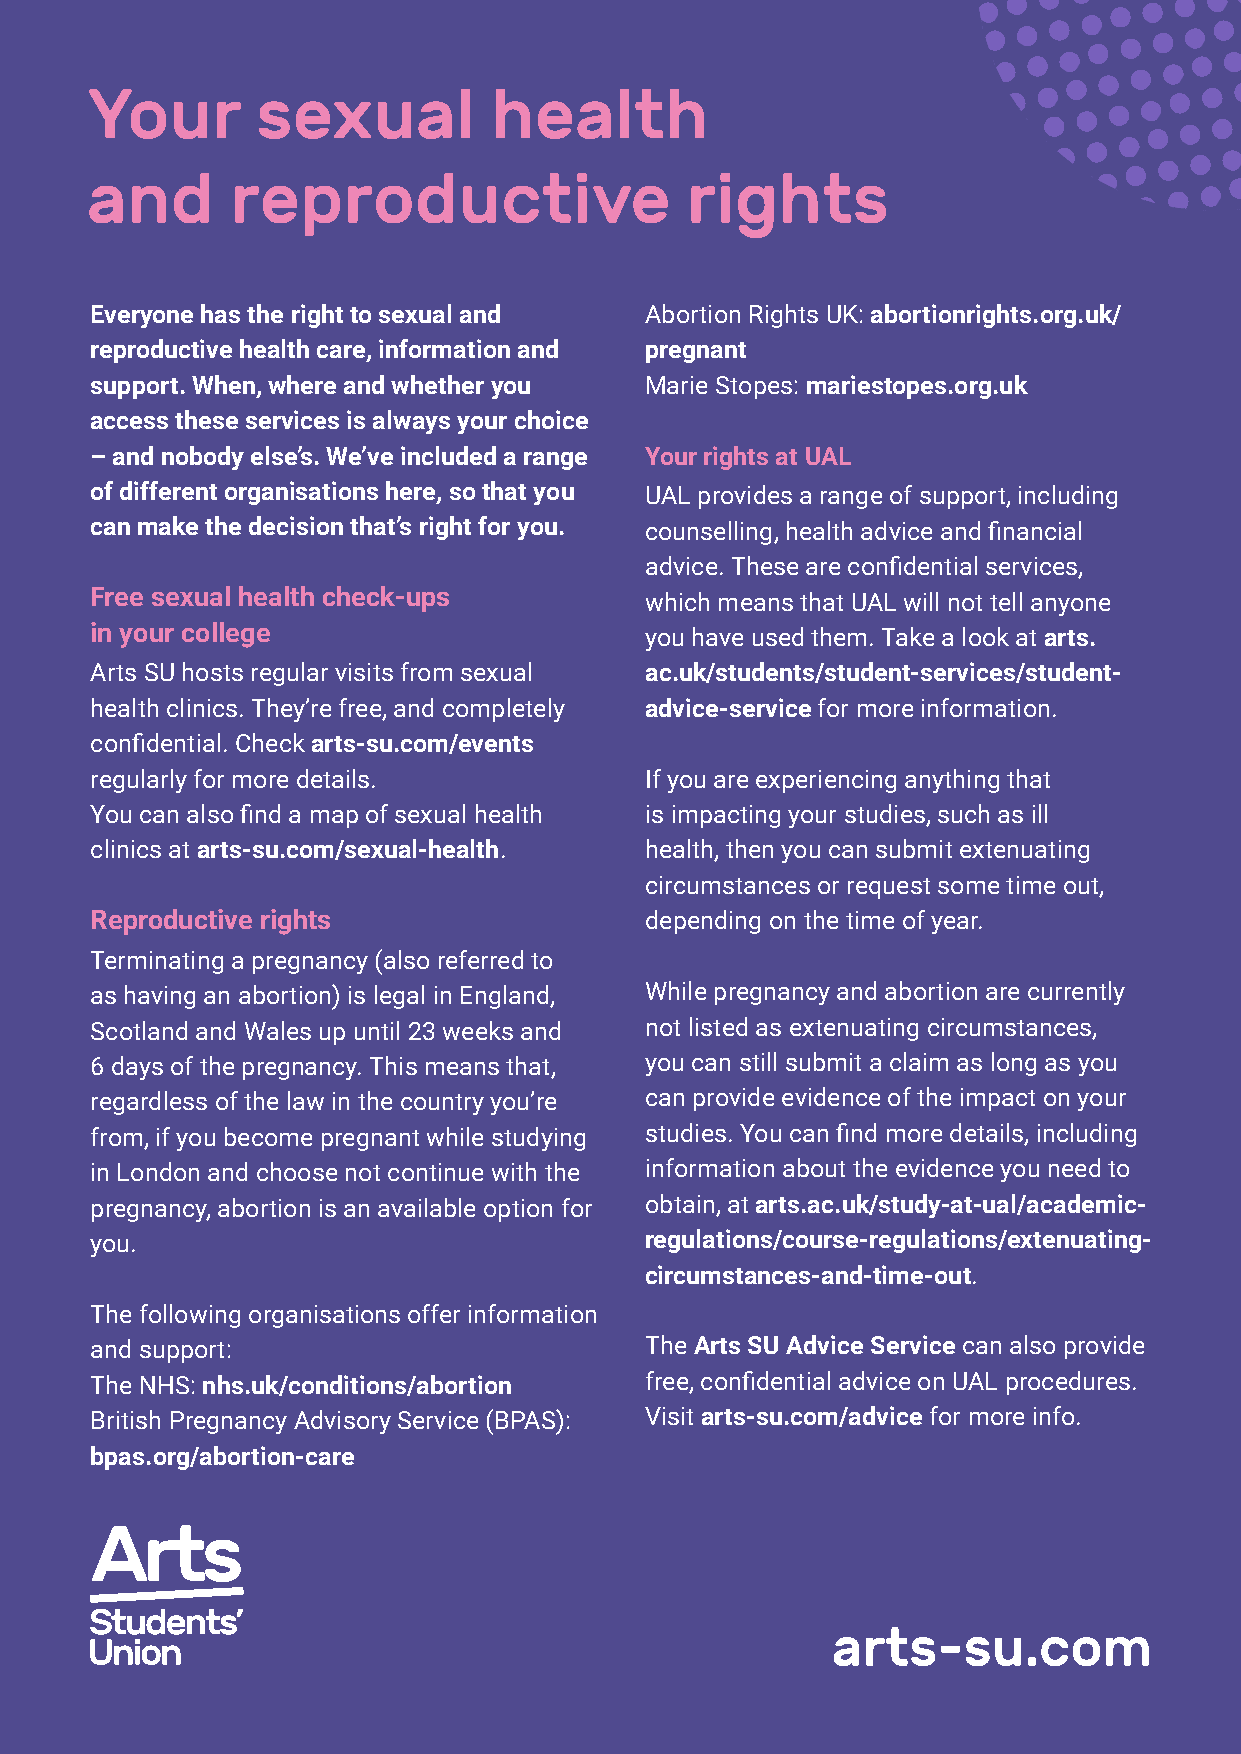
Your       sexual         health
 and      reproductive                  rights
 Everyone has the right to sexual and Abortion Rights UK: abortionrights.org.uk/
 reproductive health care, information and pregnant
 support. When, where and whether you Marie Stopes: mariestopes.org.uk
 access these services is always your choice
 – and nobody else’s. We’ve included a range Your rights at UAL
 of different organisations here, so that you UAL provides a range of support, including
 can make the decision that’s right for you. counselling, health advice and financial
 advice. These are confidential services,
 Free sexual health check-ups         which means that UAL will not tell anyone
 in your college                      you have used them. Take a look at arts.
 Arts SU hosts regular visits from sexual ac.uk/students/student-services/student-
 health clinics. They’re free, and completely advice-service for more information.
 confidential. Check arts-su.com/events
 regularly for more details.          If you are experiencing anything that
 You can also find a map of sexual health is impacting your studies, such as ill
 clinics at arts-su.com/sexual-health. health, then you can submit extenuating
 circumstances or request some time out,
 Reproductive rights                  depending on the time of year.
 Terminating a pregnancy (also referred to
 as having an abortion) is legal in England, While pregnancy and abortion are currently
 Scotland and Wales up until 23 weeks and not listed as extenuating circumstances,
 6 days of the pregnancy. This means that, you can still submit a claim as long as you
 regardless of the law in the country you’re can provide evidence of the impact on your
 from, if you become pregnant while studying studies. You can find more details, including
 in London and choose not continue with the information about the evidence you need to
 pregnancy, abortion is an available option for obtain, at arts.ac.uk/study-at-ual/academic-
 you.                                 regulations/course-regulations/extenuating-
 circumstances-and-time-out.
 The following organisations offer information
 and support:                         The Arts SU Advice Service can also provide
 The NHS: nhs.uk/conditions/abortion  free, confidential advice on UAL procedures.
 British Pregnancy Advisory Service (BPAS): Visit arts-su.com/advice for more info.
 bpas.org/abortion-care
 arts-su.com